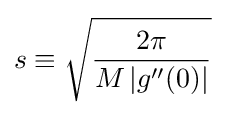
s\equiv {\sqrt {\frac {2\pi }{M\left|g''(0)\right|}}}